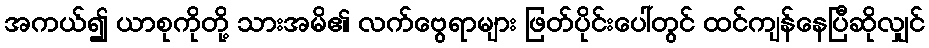
အကယ်၍ ယာစုကိုတို့ သားအမိ၏ လက်ဗွေရာများ ဖြတ်ပိုင်းပေါ်တွင် ထင်ကျန်နေပြီဆိုလျှင်